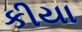
કીયા